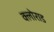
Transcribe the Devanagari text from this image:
क्लोराड